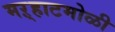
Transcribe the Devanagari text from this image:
मऱ्हाटमोळी